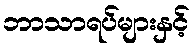
ဘာသာရပ်များနှင့်